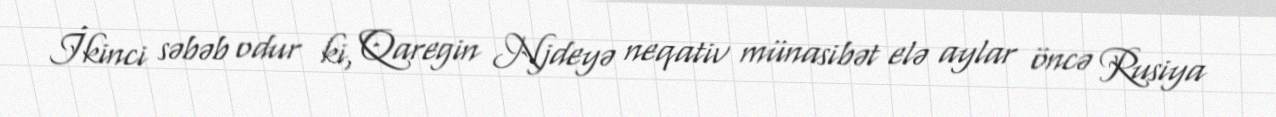
İkinci səbəb odur ki, Qaregin Njdeyə neqativ münasibət elə aylar öncə Rusiya